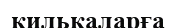
килькаларға